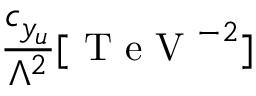
\frac { c _ { y _ { u } } } { \Lambda ^ { 2 } } [ \mathrm { ~ T ~ e ~ V ~ } ^ { - 2 } ]